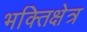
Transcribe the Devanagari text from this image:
भक्तिक्षेत्र